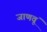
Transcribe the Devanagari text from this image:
जाणवूं